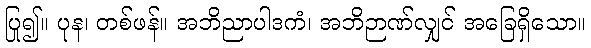
ပြု၍။ ပုန၊ တစ်ဖန်။ အဘိညာပါဒကံ၊ အဘိဉာဏ်လျှင် အခြေရှိသော။